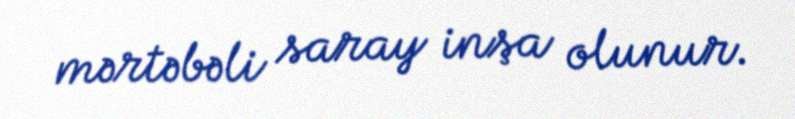
mərtəbəli saray inşa olunur.